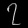
Digit: ၇